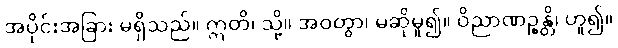
အပိုင်းအခြား မရှိသည်။ ဣတိ၊ သို့။ အဝတွာ၊ မဆိုမူ၍။ ဝိညာဏဉ္စန္တိ၊ ဟူ၍။